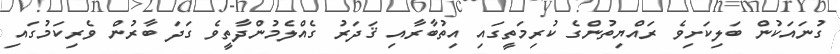
ގުނައަކުން ބަލިކަށިވެ ރައްޔިތުންގެ ކުރިމަތީގައި އިތުބާރާއި ޤަދަރު ގެއްލެމުންދާތީވެ ގަދަ ބާރުން ވެރިކަމުގައި